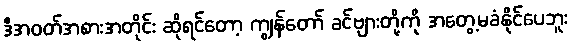
ဒီအဝတ်အစားအတိုင်း ဆိုရင်တော့ ကျွန်တော် ခင်ဗျားတို့ကို အတွေ့မခံနိုင်ပေဘူး